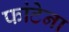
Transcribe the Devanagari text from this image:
फांटेना